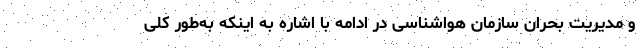
و مدیریت بحران سازمان هواشناسی در ادامه با اشاره به اینکه به‌طور کلی